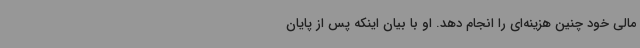
مالی خود چنین هزینه‌ای را انجام دهد. او با بیان اینکه پس از پایان